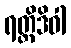
ရတ္တိဒိဝါ